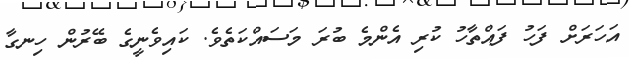
އަހަރަށް ފަހު ފައްތާހު ކުރި އެންމެ ބުރަ މަސައްކަތެވެ. ކައިވެނީގެ ބޭރުން ހިނގާ